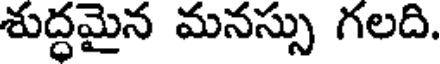
శుద్ధమైన మనస్సు గలది.